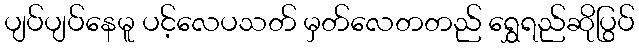
ပျပ်ပျပ်နေမူ ပင့်လေပသတ် မှတ်လေတတည် ရွှေရည်ဆိုပြွပ်